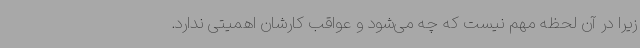
زیرا در آن لحظه مهم نیست که چه می‌شود و عواقب کارشان اهمیتی ندارد.